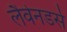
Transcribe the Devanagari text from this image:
लैवेनडर्स